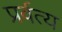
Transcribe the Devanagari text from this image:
प्रर्वत्य